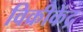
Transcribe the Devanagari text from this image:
विक्रीकेंद्र